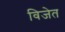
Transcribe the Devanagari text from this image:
विजेत